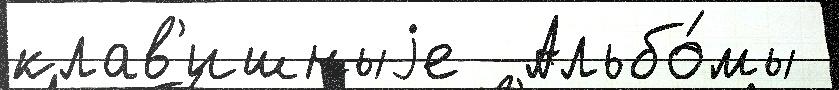
клав'ишныjе  Альбо́мы